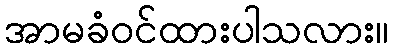
အာမခံဝင်ထားပါသလား။